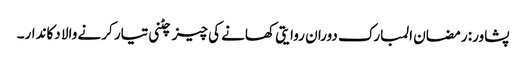
پشاور: رمضان المبارک دوران روایتی کھانے کی چیز چٹنی تیار کرنے والا دکاندار۔